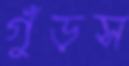
গুঁড়স